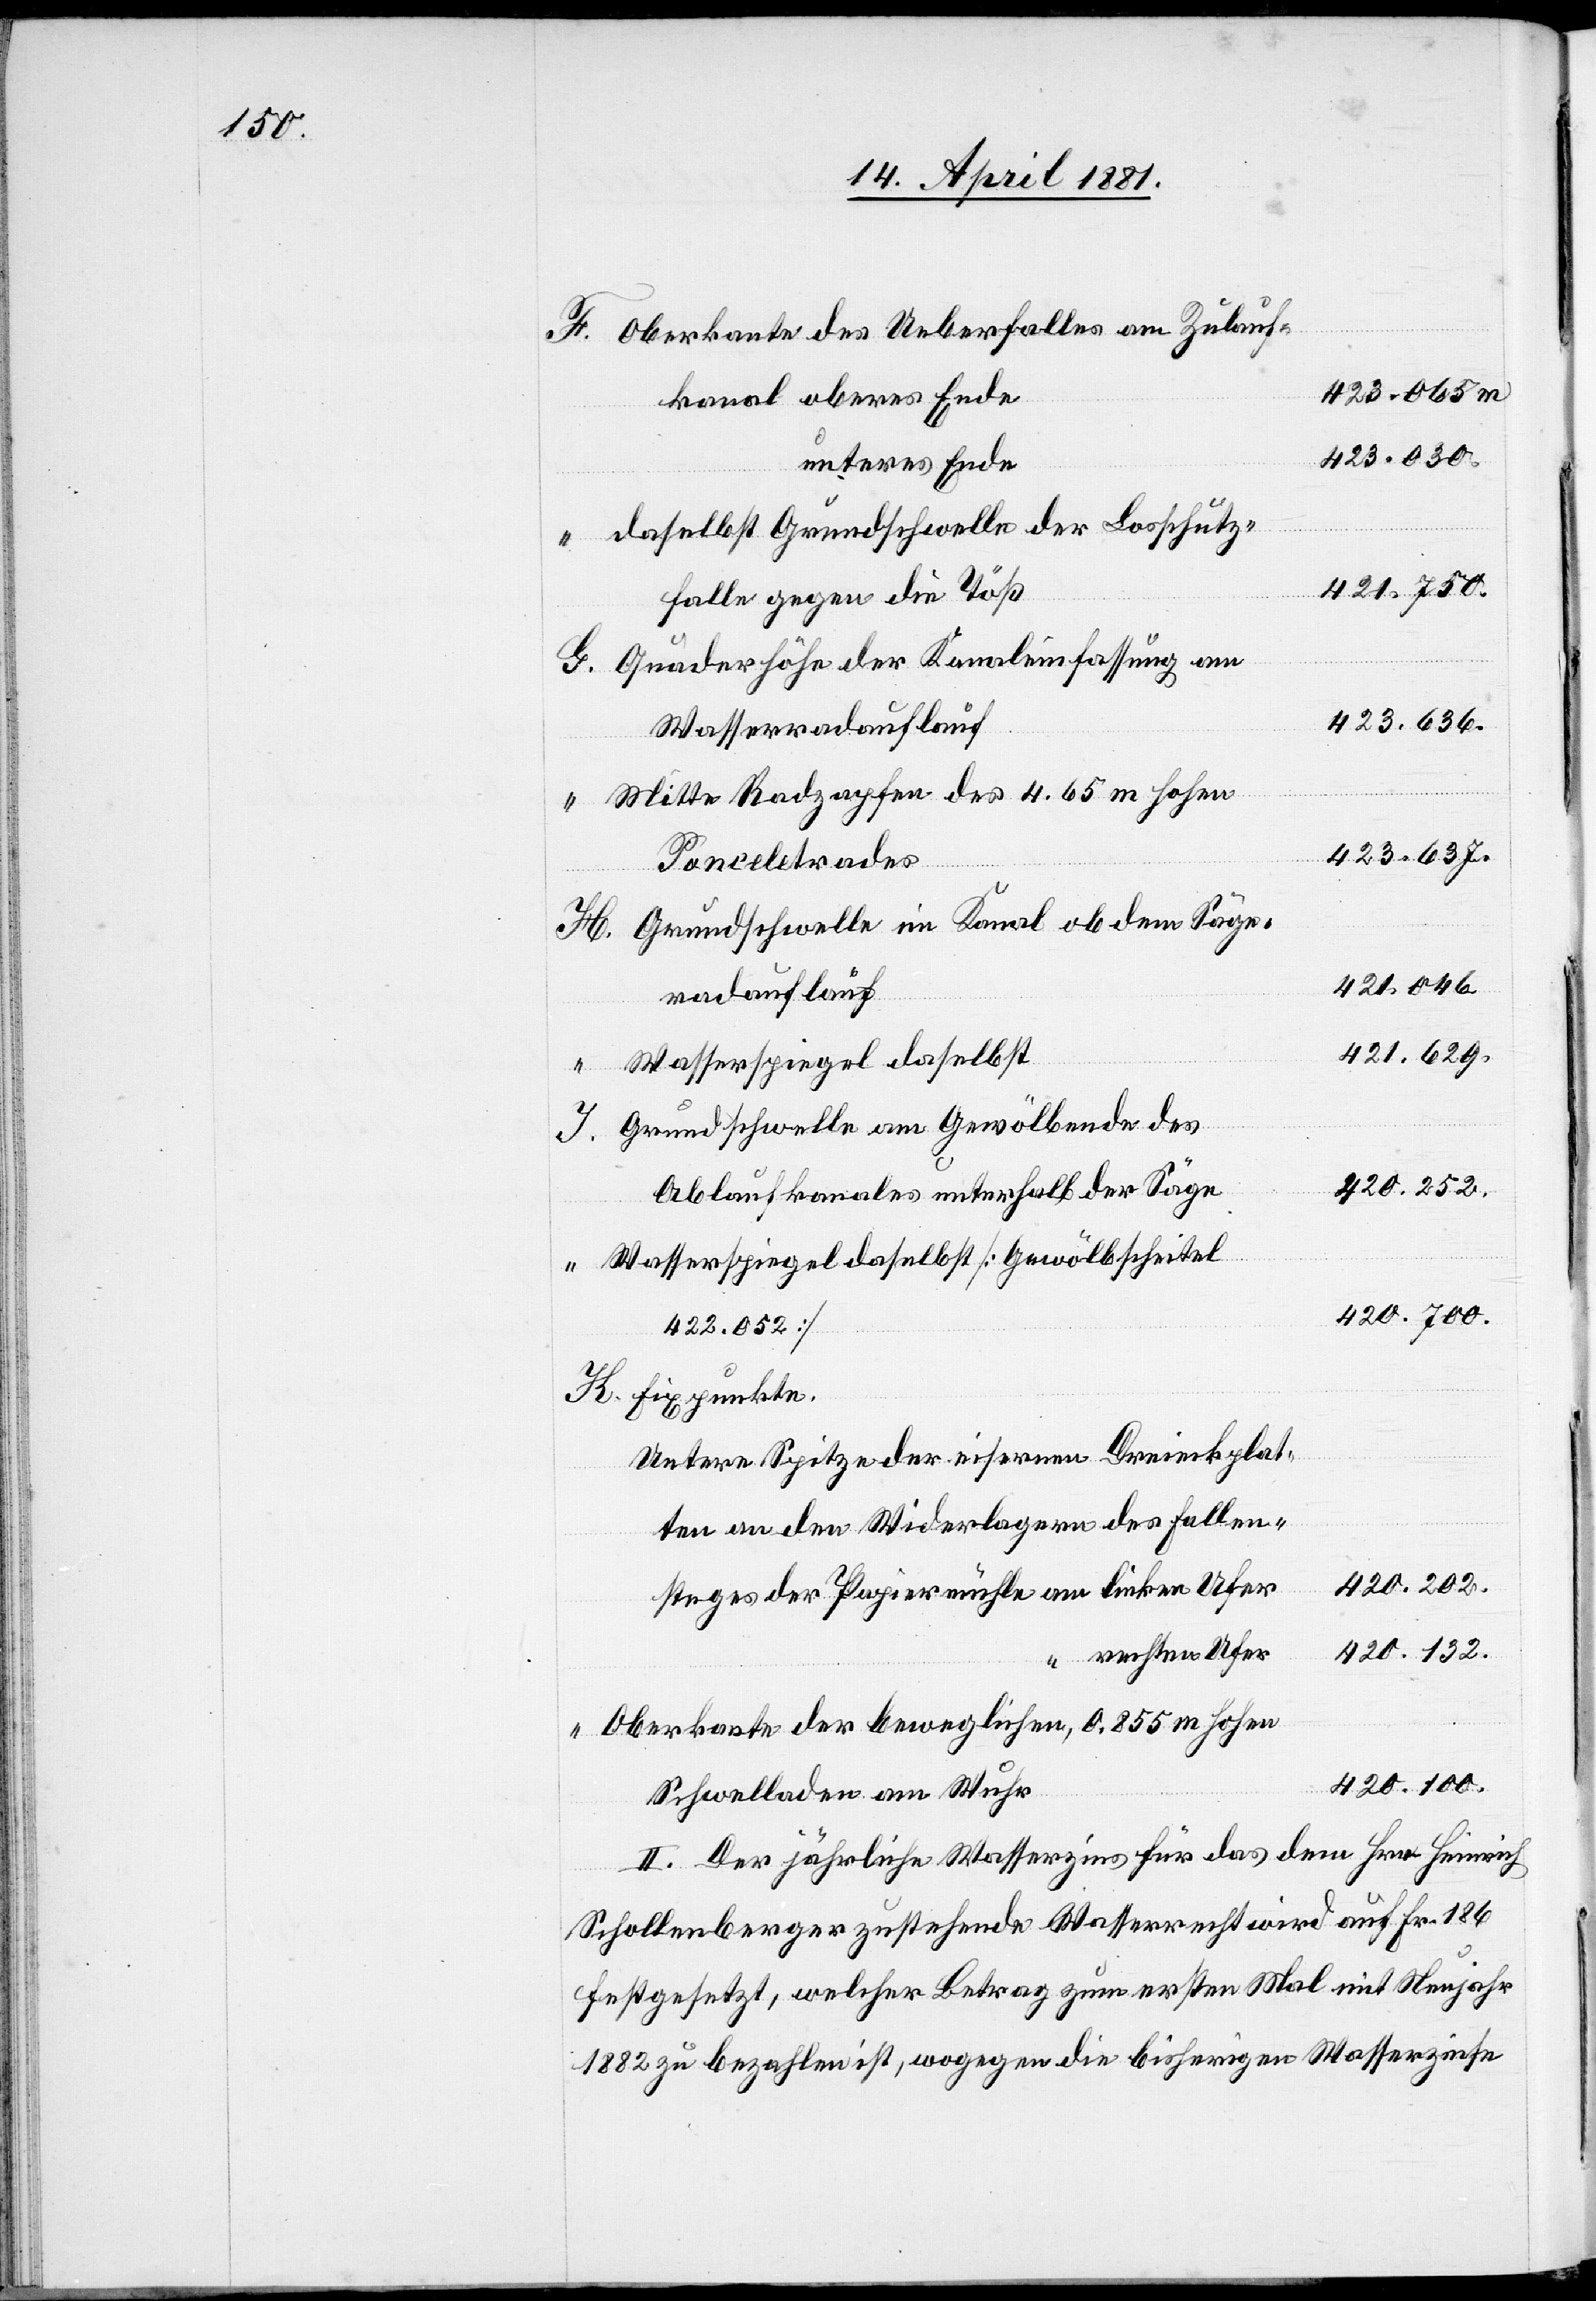
Oberkannte des Ueberfalles am Zulauf¬
423.065
kanal oberes Ende
423.030
unteres Ende
Daselbst Grundschwelle der Losschutz¬
421.750
falle gegen die Töß
Quaderhöhe der Kanaleinfassung am
Wasserradauflauf
Mitte Radzapfen des 4.65 m hohen
423.637
Ponceletrades
Grundschwelle im Kanal ob dem Säge¬
421.046
radauflauf
421.629
Wasserspiegel daselbst
Grundschwelle am Gewölbende des
K.
Ablaufkanals unterhalb der Säge
Wasserspiegel daselbst [Gewölbscheitel
420.700
422.052]
Fixpunkte.
untere Spitze der eisernen Dreieckplat¬
ten an den Widerlagern des Fallen¬
420.202
steges der Papiermühle am linken Ufer
420.132
rechten Ufer
Oberkante der beweglichen, 0.855 m hohen
420.100
Schwellende am Wuhr
II. Der jährliche Wasserzins für das dem Hrn. Heinrich
Schollenberger zustehende Wasserrecht wird auf Fr. 186
festgesetzt, welcher Betrag zum ersten Mal mit Neujahr
1882 zu bezahlen ist, wogegen die bisherigen Wasserzinse